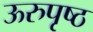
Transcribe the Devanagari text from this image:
ऊरुपृष्ठ